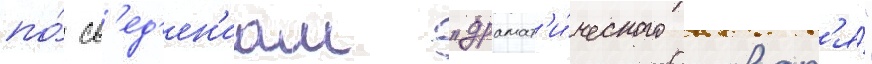
по́ св'ед'ен'иам "драмат'и́ческого словар'я́"